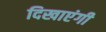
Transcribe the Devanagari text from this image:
दिखाएंगी